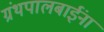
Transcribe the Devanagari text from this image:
ग्रंथपालबाईंना